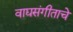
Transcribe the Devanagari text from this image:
वाद्यसंगीताचे